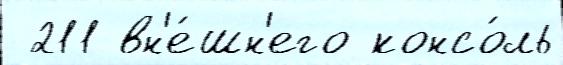
 211 вн'е́шн'его консо́ль